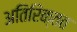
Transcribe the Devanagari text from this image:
अतिरिक्तत